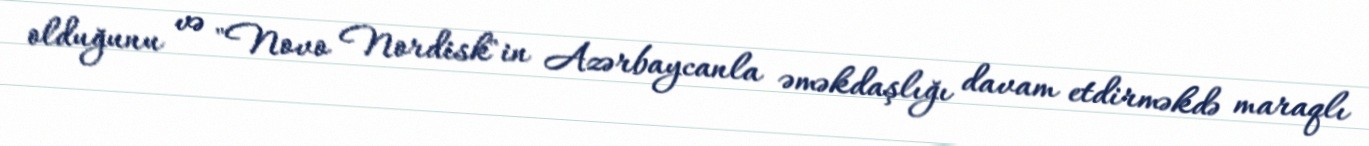
olduğunu və "Novo Nordisk"in Azərbaycanla əməkdaşlığı davam etdirməkdə maraqlı